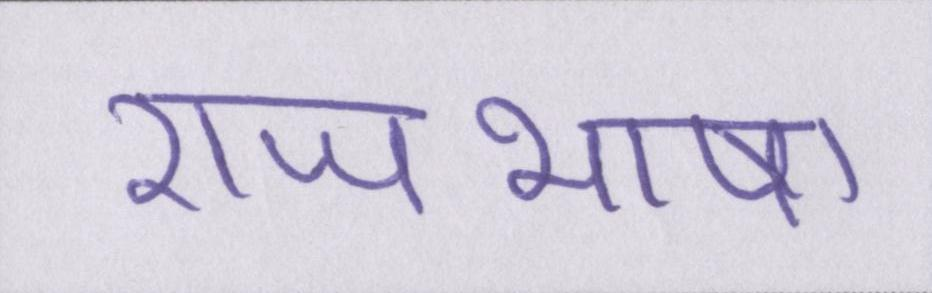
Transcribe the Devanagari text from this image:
राजभाषा